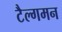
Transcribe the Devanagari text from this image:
टैल्गमन